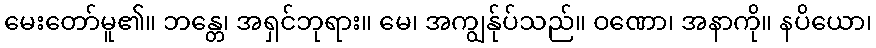
မေးတော်မူ၏။ ဘန္တေ၊ အရှင်ဘုရား။ မေ၊ အကျွန်ုပ်သည်။ ဝဏော၊ အနာကို။ နပိယော၊